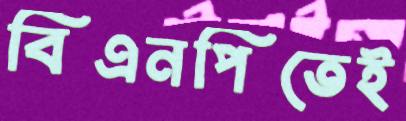
বিএনপিতেই